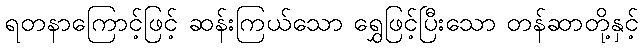
ရတနာကြောင့်ဖြင့် ဆန်းကြယ်သော ရွှေဖြင့်ပြီးသော တန်ဆာတို့နှင့်